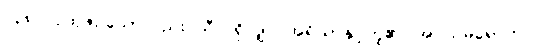
၁၃၈။ ပုထုဇဉ်သော်လည်း သီလရှိလျှင် အရိယာနှင့်တူ၏၊ အပယ်မရောက်။